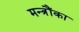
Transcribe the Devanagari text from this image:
मन्त्रौंका